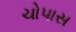
ચોપાસ